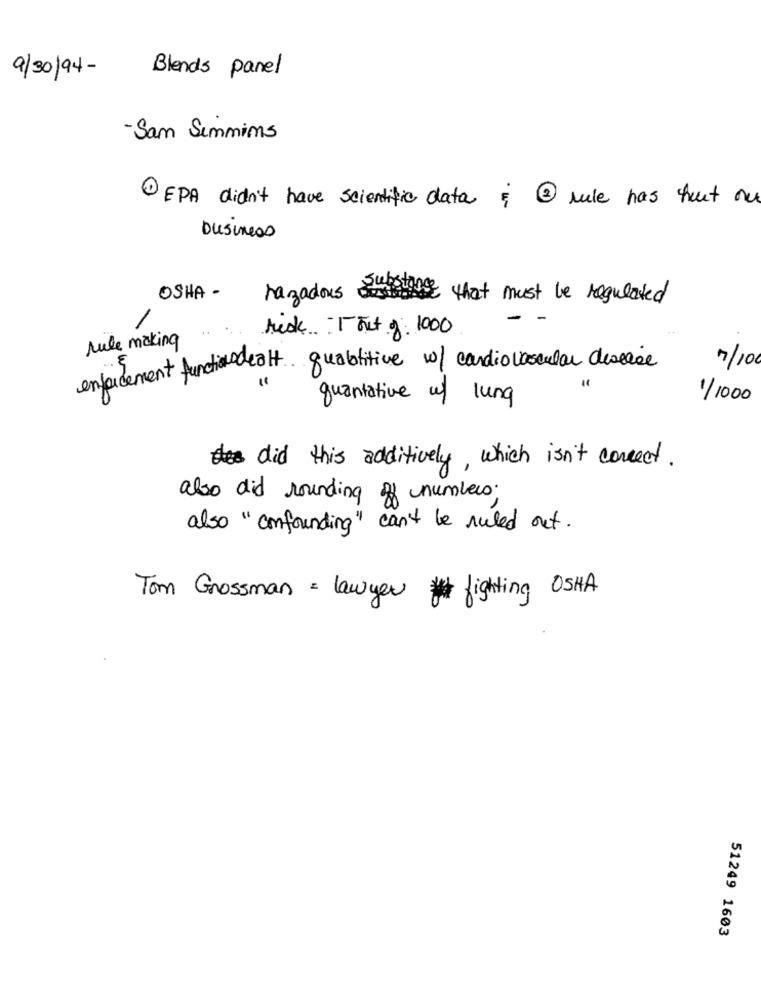
9/30/94-
Blends panel
-Sam Semmins
EPA didn't have scientific data : 2 rule has huit ou
business
OSHA -
razadous
those that must be regulated
-
reak Tort 9. 1000
Mule making
enforcement function dealt. qualititive w/ cardiovascular disease
7/100
=
quantative of lung
1/ 1000
did this additively, which isn't correct.
also did rounding of numbers.
also "confounding" can't be ruled out.
Tom Grossman = lawyer fighting OSHA
51249 1603